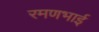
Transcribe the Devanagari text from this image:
रमणभाई